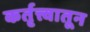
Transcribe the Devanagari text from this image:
कर्तृत्त्वातून